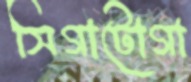
সিগাটোগা